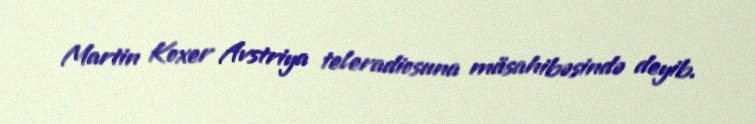
Martin Koxer Avstriya teleradiosuna müsahibəsində deyib.